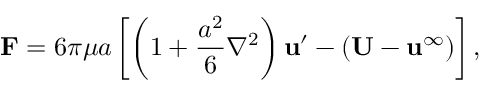
\mathbf { F } = 6 \pi \mu a \left[ \left( 1 + { \frac { a ^ { 2 } } { 6 } } \nabla ^ { 2 } \right) \mathbf { u } ^ { \prime } - ( \mathbf { U } - \mathbf { u } ^ { \infty } ) \right] ,